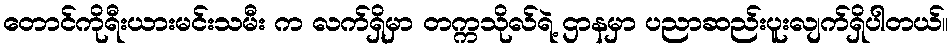
တောင်ကိုရီးယားမင်းသမီး က လက်ရှိမှာ တက္ကသိုလ်ရဲ့ ဌာနမှာ ပညာဆည်းပူးလျက်ရှိပါတယ်။